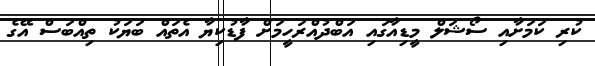
ކުރި ކަމަށާއި ސޯޝަލް މީޑިއާގައި އަބްދުއްރަހީމަށް ފާޑުކިޔާ އެތައް ބަޔަކު ތިއްބަސް އޭގެ